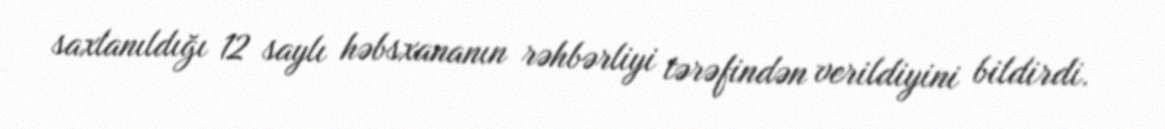
saxlanıldığı 12 saylı həbsxananın rəhbərliyi tərəfindən verildiyini bildirdi.